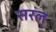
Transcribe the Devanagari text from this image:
सरल्